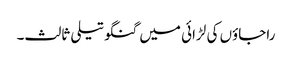
راجاؤں کی لڑائی میں گنگوتیلی ثالث۔